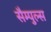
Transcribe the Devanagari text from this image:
सैम्पुल्स